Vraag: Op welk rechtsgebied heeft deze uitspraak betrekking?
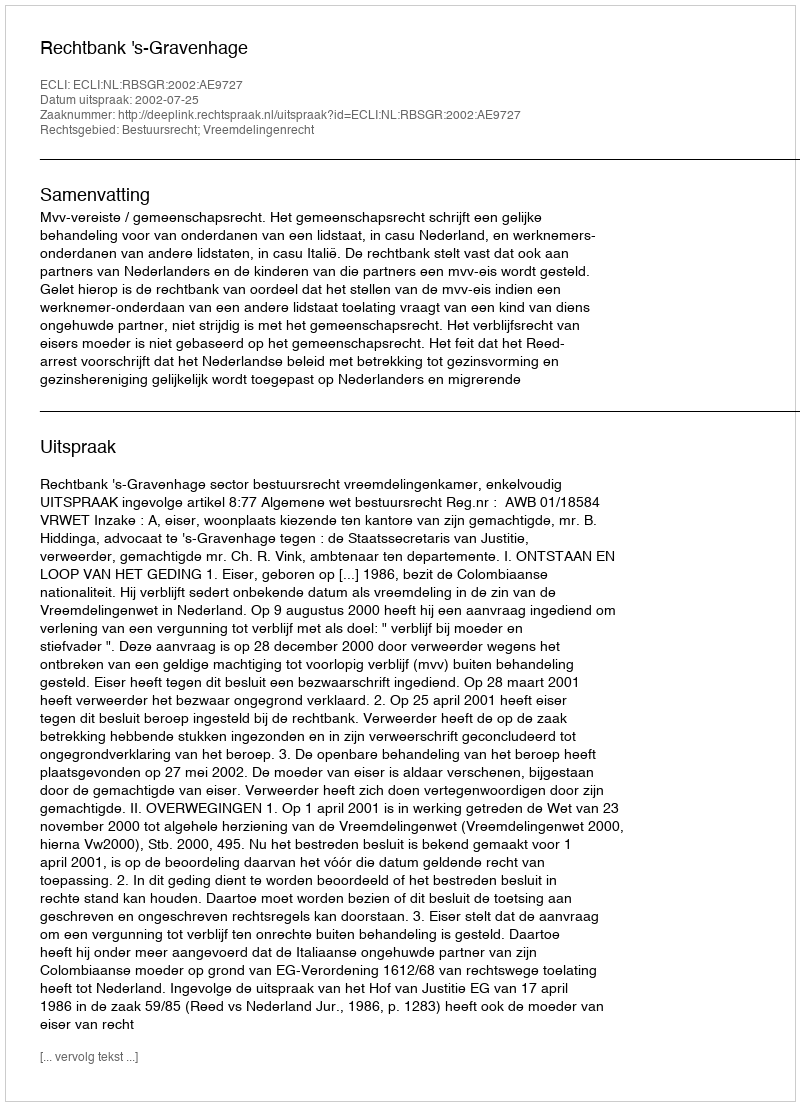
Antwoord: Bestuursrecht; Vreemdelingenrecht